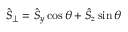
\hat { S } _ { \perp } = \hat { S } _ { y } \cos \theta + \hat { S } _ { z } \sin \theta